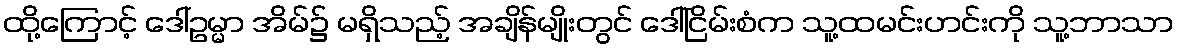
ထို့ကြောင့် ဒေါ်ဥမ္မာ အိမ်၌ မရှိသည့် အချိန်မျိုးတွင် ဒေါ်ငြိမ်းစံက သူ့ထမင်းဟင်းကို သူ့ဘာသာ